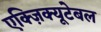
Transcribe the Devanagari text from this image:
एक्ज़िक्यूटेबल